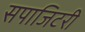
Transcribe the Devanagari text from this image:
सपाजिटरी